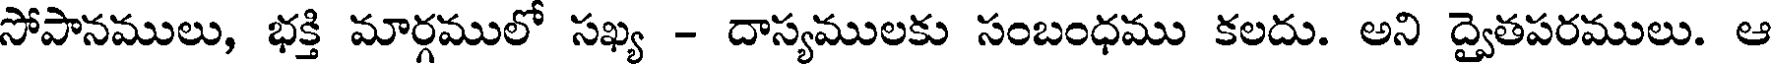
సోపానములు, భక్తి మార్గములో సఖ్య - దాస్యములకు సంబంధము కలదు. అని ద్వైతపరములు. ఆ